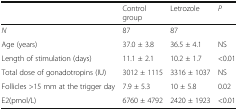
<table><thead><tr><td></td><td><b>Control group</b></td><td><b>Letrozole</b></td><td><b><i>P</i></b></td></tr></thead><tbody><tr><td><i>N</i></td><td>87</td><td>87</td><td></td></tr><tr><td>Age (years)</td><td>37.0 ± 3.8</td><td>36.5 ± 4.1</td><td>NS</td></tr><tr><td>Length of stimulation (days)</td><td>11.1 ± 2.1</td><td>10.2 ± 1.7</td><td>&lt;0.01</td></tr><tr><td>Total dose of gonadotropins (IU)</td><td>3012 ± 1115</td><td>3316 ± 1037</td><td>NS</td></tr><tr><td>Follicles &gt;15 mm at the trigger day</td><td>7.9 ± 5.3</td><td>10 ± 5.8</td><td>0.02</td></tr><tr><td>E2(pmol/L)</td><td>6760 ± 4792</td><td>2420 ± 1923</td><td>&lt;0.01</td></tr></tbody></table>